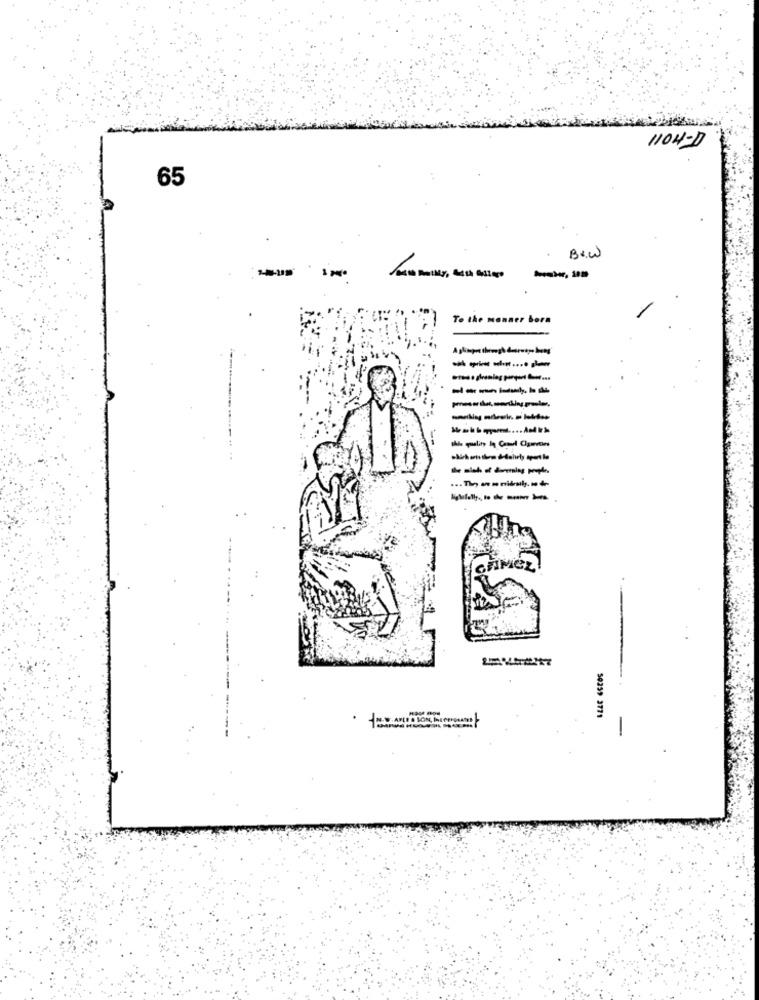
THOll
65
Br.W
---
---- --
To the monner bora
-------
50259 3771